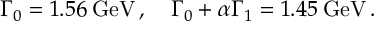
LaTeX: \Gamma _ { 0 } = 1 . 5 6 \: \mathrm { G e V } \, , \quad \Gamma _ { 0 } + \alpha \Gamma _ { 1 } = 1 . 4 5 \: \mathrm { G e V } \, .